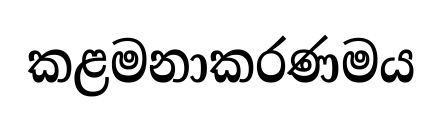
කළමනාකරණමය